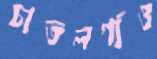
চাতলগাঁও